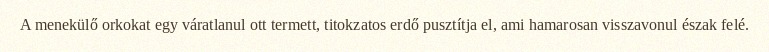
A menekülő orkokat egy váratlanul ott termett, titokzatos erdő pusztítja el, ami hamarosan visszavonul észak felé.